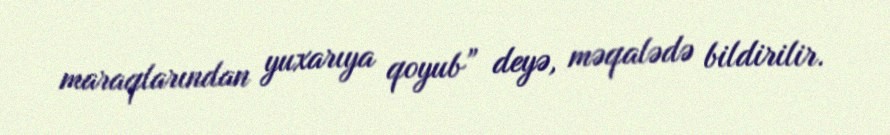
maraqlarından yuxarıya qoyub” deyə, məqalədə bildirilir.